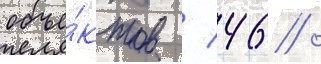
объе́ктов / 46 /